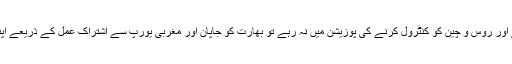
اگر امریکا غیر متوازن ہوجائے اور روس و چین کو کنٹرول کرنے کی پوزیشن میں نہ رہے تو بھارت کو جاپان اور مغربی یورپ سے اشتراکِ عمل کے ذریعے اپنے مفادات کو تحفظ دینا چاہیے۔